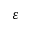
\varepsilon